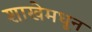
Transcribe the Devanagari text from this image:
शाखेमधून